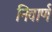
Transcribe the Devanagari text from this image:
निवार्ण